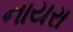
નાયરા